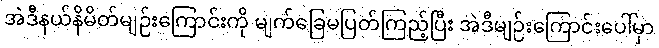
အဲဒီနယ်နိမိတ်မျဉ်းကြောင်းကို မျက်ခြေမပြတ်ကြည့်ပြီး အဲဒီမျဉ်းကြောင်းပေါ်မှာ